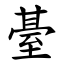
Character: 䑓